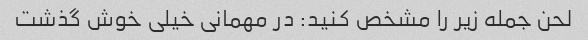
لحن جمله زیر را مشخص کنید: در مهمانی خیلی خوش گذشت